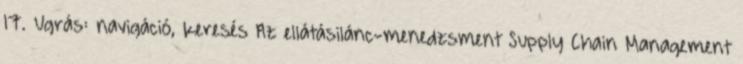
17. Ugrás: navigáció, keresés Az ellátásilánc-menedzsment Supply Chain Management